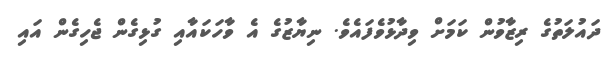
ދައުލަތުގެ ރިޒާވުން ކަމަށް ވިދާޅުވެފައެވެ. ނިޔާޒުގެ އެ ވާހަކައާއި ގުޅިގެން ޖެހިގެން އައި